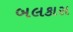
બલકાસ